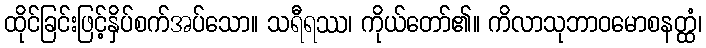
ထိုင်ခြင်းဖြင့်နှိပ်စက်အပ်သော။ သရီရဿ၊ ကိုယ်တော်၏။ ကိလာသုဘာဝမောစနတ္ထံ၊